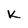
Character: K